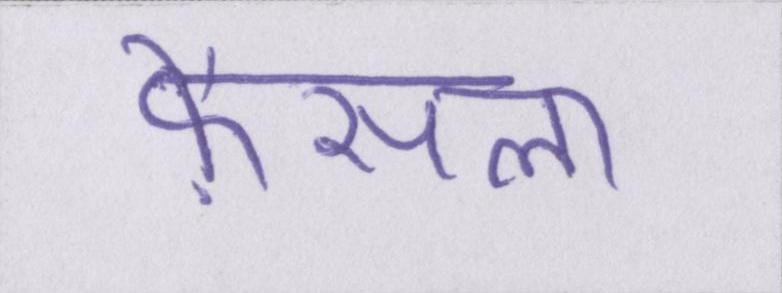
फ़ैसला